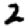
Digit: 2